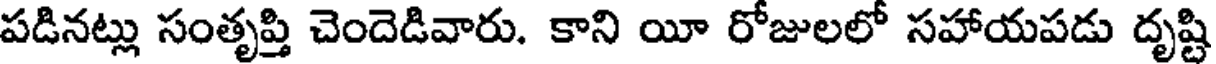
పడినట్లు సంతృప్తి చెందెడివారు. కాని యీ రోజులలో సహాయపడు దృష్టి